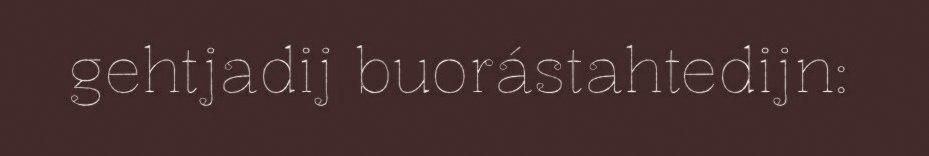
gehtjadij buorástahtedijn: